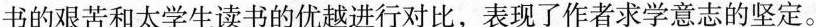
书的艰苦和太学生读书的优越进行对比，表现了作者求学意志的坚定。